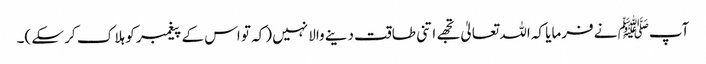
آپﷺ نے فرمایا کہ اللہ تعالیٰ تجھے اتنی طاقت دینے والا نہیں (کہ تو اس کے پیغمبر کو ہلا ک کر سکے )۔